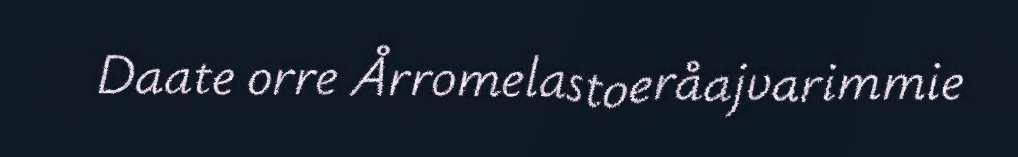
Daate orre Årromelastoeråajvarimmie